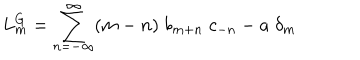
L _ { m } ^ { G } = \sum _ { n = - \infty } ^ { \infty } ( m - n ) \; b _ { m + n } \; c _ { - n } - a \; \delta _ { m }